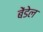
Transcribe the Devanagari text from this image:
बेंडेल